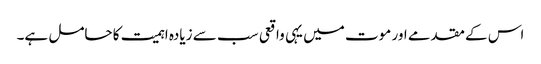
اس کے مقدمے اور موت میں یہی واقعی سب سے زیادہ اہمیت کا حامل ہے۔